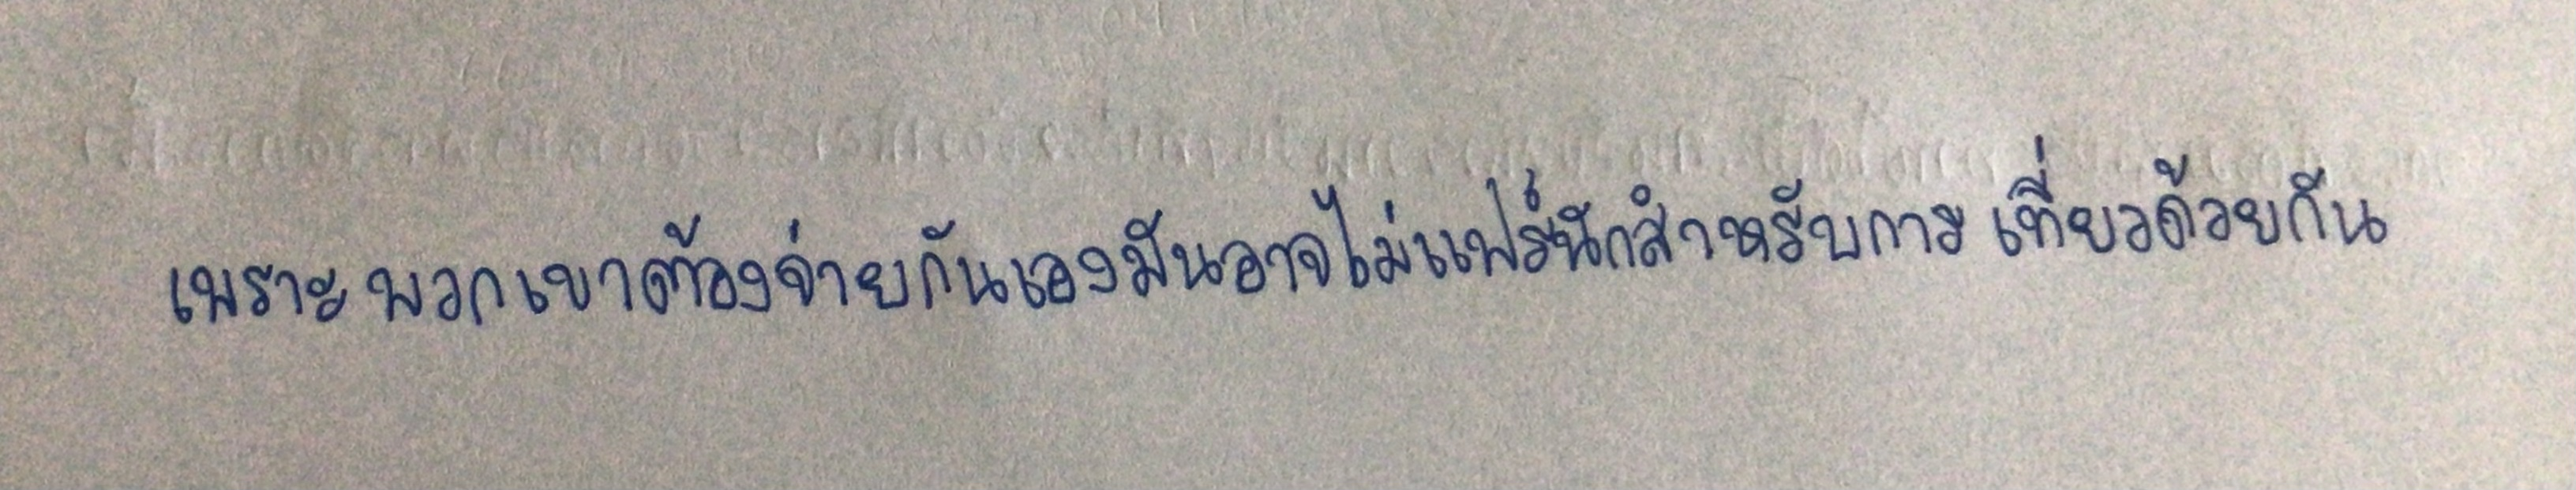
เพราะพวกเขาต้องจ่ายกันเองมันอาจไม่แฟร์นักสำหรับการเที่ยวด้วยกัน